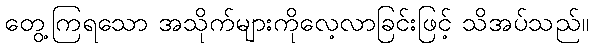
တွေ့ကြရသော အသိုက်များကိုလေ့လာခြင်းဖြင့် သိအပ်သည်။